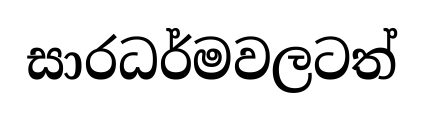
සාරධර්මවලටත්